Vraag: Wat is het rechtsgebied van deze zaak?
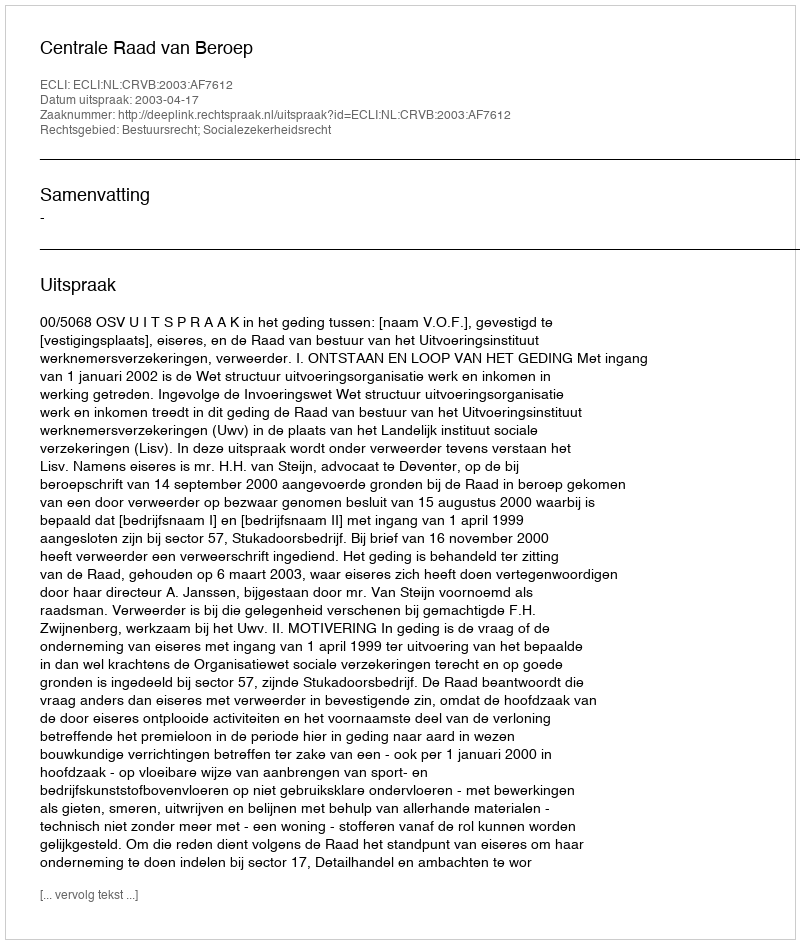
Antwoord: Bestuursrecht; Socialezekerheidsrecht